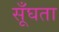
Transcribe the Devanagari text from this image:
सूँघता